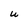
Character: U